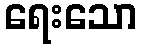
ရေးသော